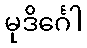
မုဒိင်္ဂေါ